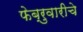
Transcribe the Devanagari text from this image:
फेब्रुवारीचे